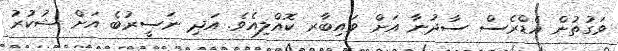
ވަގުތުން އެޑްރެސް ސާދުނާ އަށް ވައިބާރ ކޮއްލިއެވެ. އަދި ނަސީރުބެ އަށް ޝުކުރު